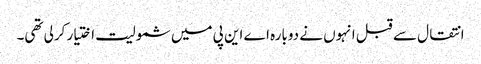
انتقال سے قبل انہوں نے دوبارہ اے این پی میں شمولیت اختیار کرلی تھی۔